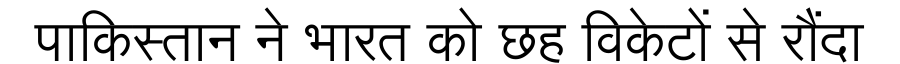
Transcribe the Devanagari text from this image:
पाकिस्तान ने भारत को छह विकेटों से रौंदा